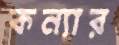
কন্যার